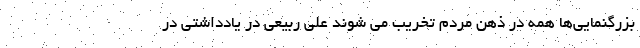
بزرگنمایی‌ها همه در ذهن مردم تخریب می شوند علی ربیعی در یادداشتی در